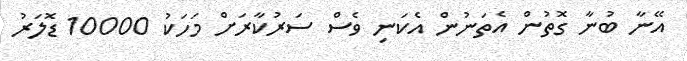
އޭނާ ބުނާ ގޮތުންް އެތަނުން އެކަނި ވެސް ސަރުކާރަށް މަހަކު 10000 ޑޮލަރު